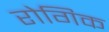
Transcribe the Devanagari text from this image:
रोगिक